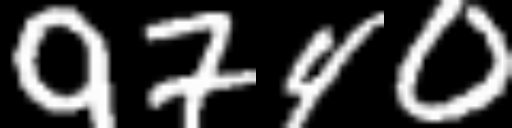
Text: 9740